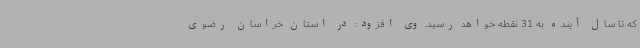
که تا سال آینده به 31 نقطه خواهد رسید. وی افزود: در استان خراسان رضوی